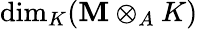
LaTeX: \dim_{K}(\mathbf{M}\otimes_{A}K)